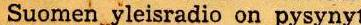
Suomen yleisradio on pysynyt